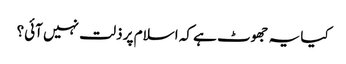
کیا یہ جھوٹ ہے کہ اسلام پر ذلت نہیں آئی؟